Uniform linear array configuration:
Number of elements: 32
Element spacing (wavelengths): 0.25
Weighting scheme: blackman
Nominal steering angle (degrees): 30
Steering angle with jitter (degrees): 30.594
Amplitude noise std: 0.05
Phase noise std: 0.05

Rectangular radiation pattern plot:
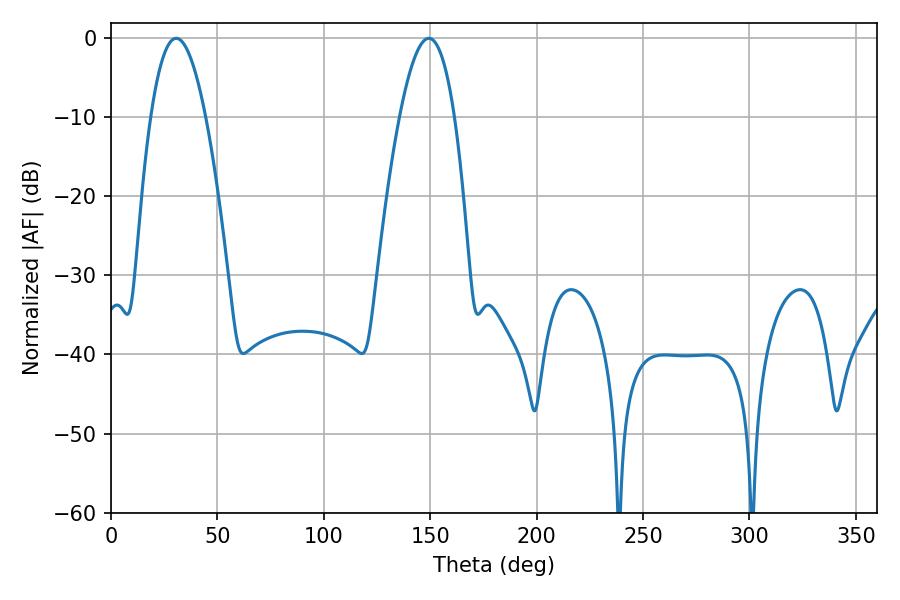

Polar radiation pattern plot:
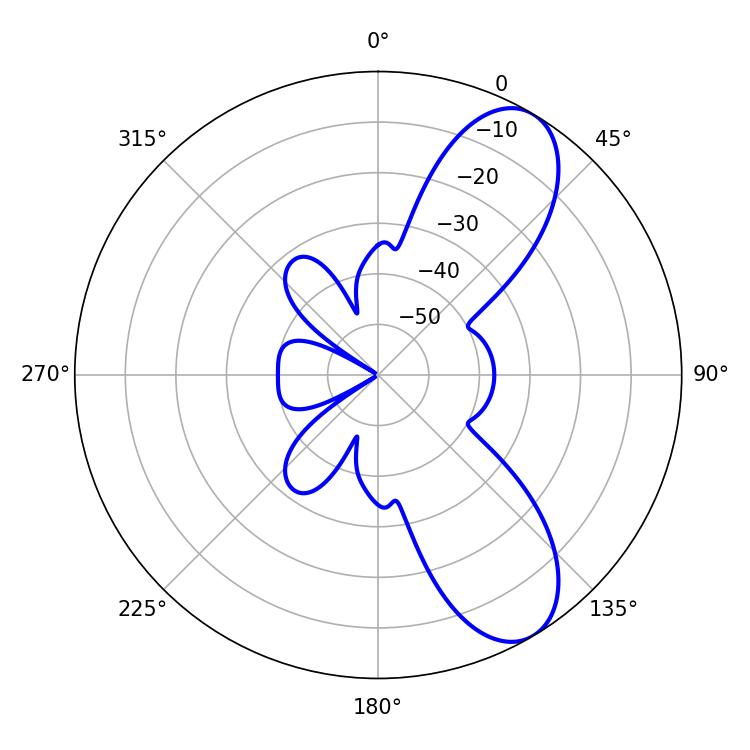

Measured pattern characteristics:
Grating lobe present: FALSE
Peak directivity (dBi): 8.644
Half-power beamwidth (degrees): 14.22
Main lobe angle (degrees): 30.6